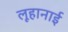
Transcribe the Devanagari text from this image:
लूहानाई